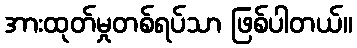
အားထုတ်မှုတစ်ရပ်သာ ဖြစ်ပါတယ်။